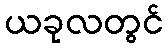
ယခုလတွင်